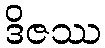
ဒိဇဿ